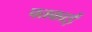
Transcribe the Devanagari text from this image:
पतकाई